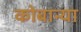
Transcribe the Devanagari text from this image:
कोबान्या